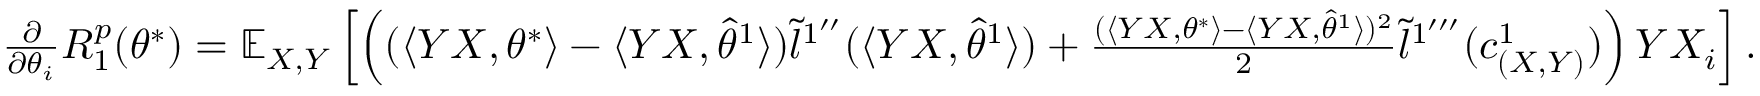
\begin{array} { r } { \frac { \partial } { \partial \theta _ { i } } R _ { 1 } ^ { p } ( \theta ^ { * } ) = \mathbb { E } _ { X , Y } \left[ \left( ( \langle Y X , \theta ^ { * } \rangle - \langle Y X , \hat { \theta } ^ { 1 } \rangle ) \tilde { l } ^ { 1 ^ { \prime \prime } } ( \langle Y X , \hat { \theta } ^ { 1 } \rangle ) + \frac { ( \langle Y X , \theta ^ { * } \rangle - \langle Y X , \hat { \theta } ^ { 1 } \rangle ) ^ { 2 } } { 2 } \tilde { l } ^ { 1 ^ { \prime \prime \prime } } ( c _ { ( X , Y ) } ^ { 1 } ) \right) Y X _ { i } \right] . } \end{array}